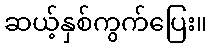
ဆယ့်နှစ်ကွက်ပြေး။